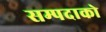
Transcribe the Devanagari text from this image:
सम्पदाको